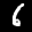
Label: 6